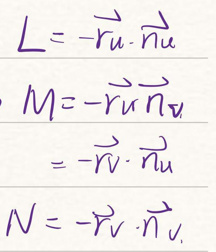
\begin{align*}
L &= -\vec{r}_u \cdot \vec{n}_u\\
M &= -\vec{r}_u \vec{r}_v \vec{n}_v\\
&= -\vec{v} \cdot \vec{n}_u\\
N &= -\vec{v} \cdot \vec{n}_v
\end{align*}